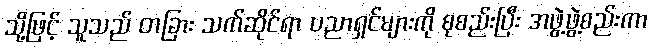
သို့ဖြင့် သူသည် တခြား သက်ဆိုင်ရာ ပညာရှင်များကို စုစည်းပြီး အဖွဲ့ဖွဲ့စည်းကာ